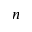
n